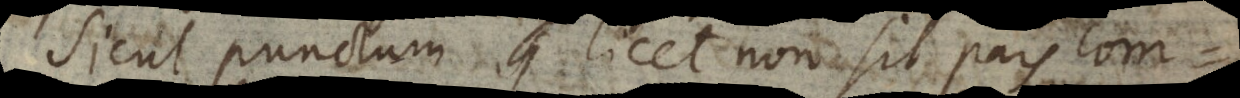
Sicut punctum licet non sit pars com